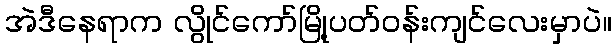
အဲဒီနေရာက လွိုင်ကော်မြို့ပတ်ဝန်းကျင်လေးမှာပဲ။